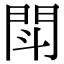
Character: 閗